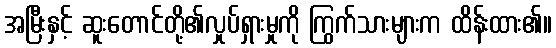
အမြီးနှင့် ဆူးတောင်တို့၏လှုပ်ရှားမှုကို ကြွက်သားများက ထိန်းထား၏။